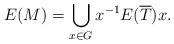
LaTeX: \begin{align*}E(M) = \bigcup_{x\in G} x^{-1} E(\overline{T})x.\end{align*}